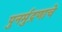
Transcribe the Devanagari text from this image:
पुनर्मुद्रणाचे